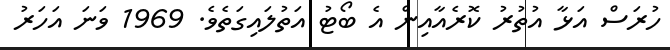
ހުރަސް އަޅާ އުތުރު ކޮރެއާއިން އެ ބޯޓު އަތުލައިގަތެވެ. 1969 ވަނަ އަހަރު